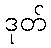
ဒုတ်